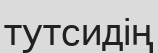
тутсидің